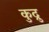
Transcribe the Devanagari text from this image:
कुद्रु